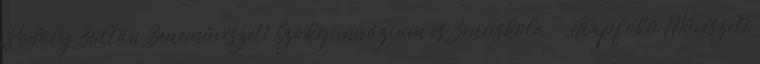
Kodály Zoltán Zeneművészeti Szakgimnázium és Zeneiskola - Alapfokú Művészeti